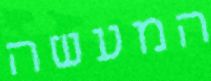
המעשה